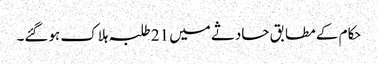
حکام کے مطابق حادثے میں 21 طلبہ ہلاک ہوگئے۔